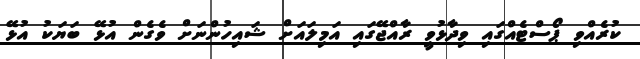
ކުރެއްވި ޕޯސްޓެއްގައި ވިދާޅުވީ ރާއްޖޭގައި އަމިލައަށް ޝައިހުންނަށް ވެގެން އުޅޭ ބަޔަކު އުޅޭ